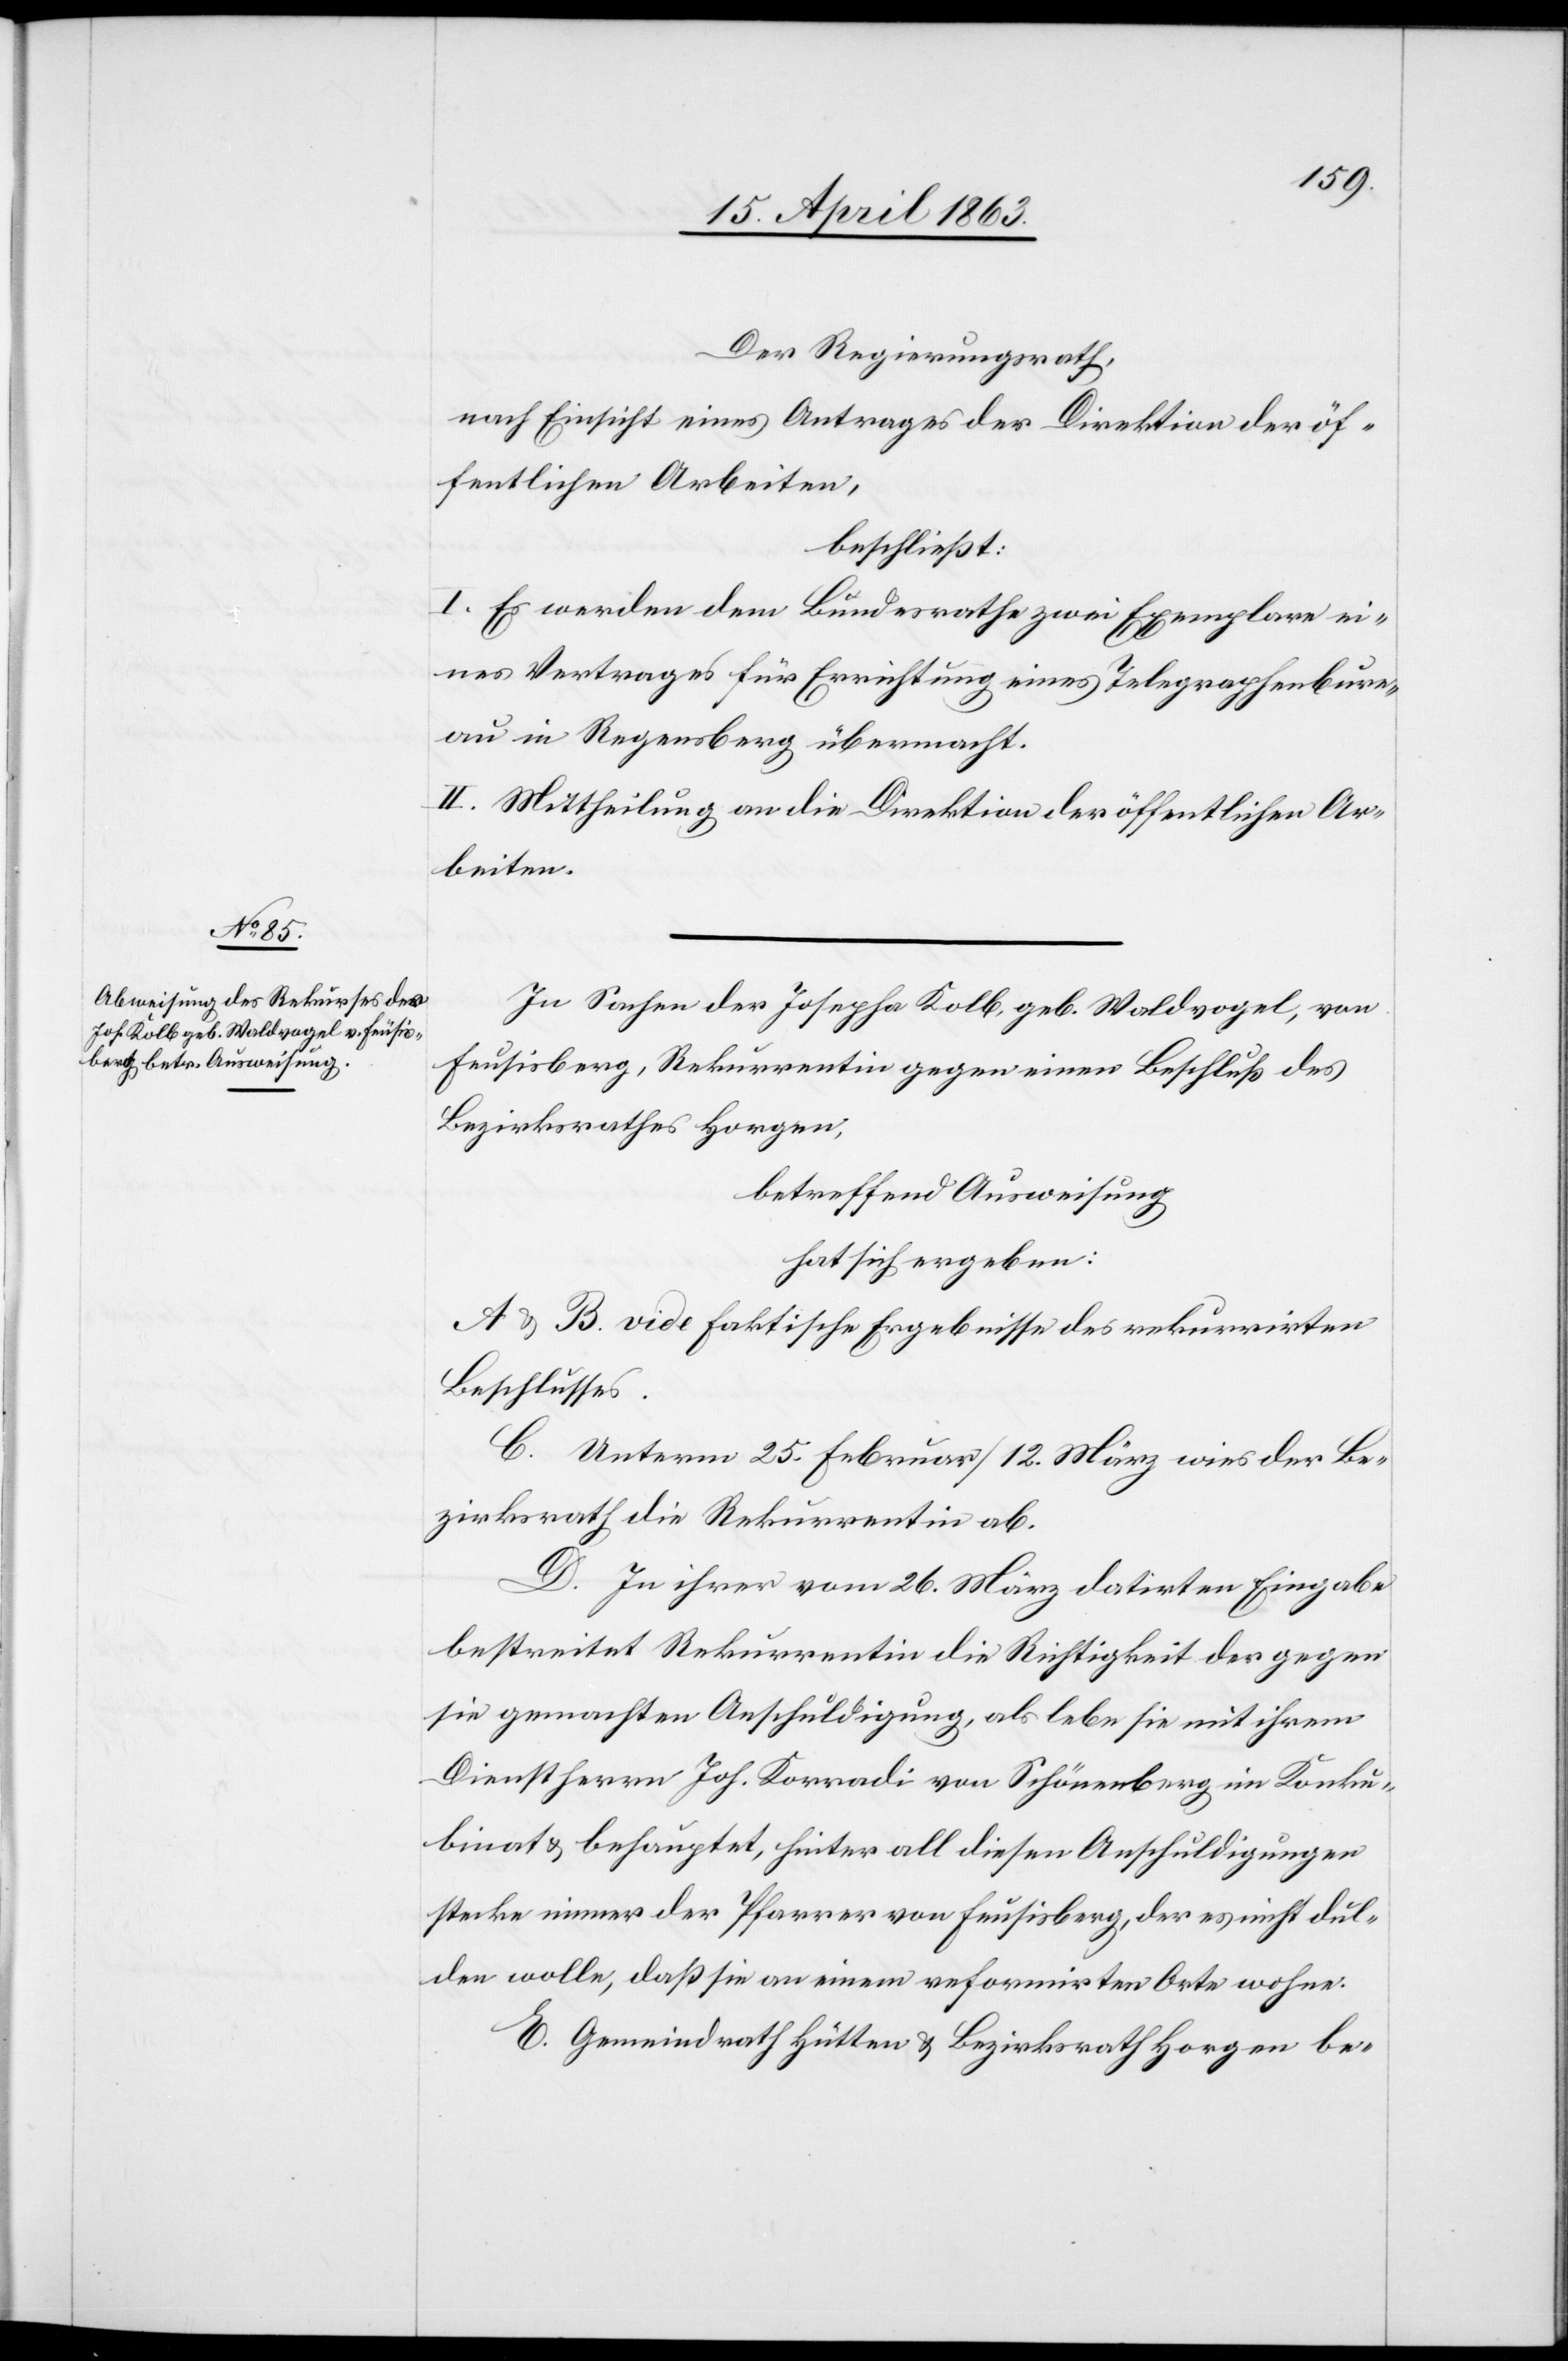
Der Regierungsrath,
nach Einsicht eines Antrages der Direktion der öf¬
fentlichen Arbeiten,
beschließt:
I. Es werden dem Bundesrathe zwei Exemplare ei¬
nes Vertrages für Errichtung eines Telegraphenbure¬
au in Regensberg übermacht.
II. Mittheilung an die Direktion der öffentlichen Ar¬
beiten.
In Sachen der Josepha Kolb, geb. Waldvogel, von
[sic!], Rekurrentin gegen einen Beschluß des
Bezirksrathes Horgen,
betreffend Ausweisung
hat sich ergeben:
A & B. vide Faktische Ergebnisse des rekurrirten
Beschlusses.
C. Unterm 25. Februar/12. März wies der Be¬
zirksrath die Rekurrentin ab.
D. In ihrer vom 26. März datirten Eingabe
bestreite Rekurrentin die Richtigkeit der gegen
sie gemachten Anschuldigung, als lebe sie mit ihrem
Dienstherrn Joh. Korradi von Schönenberg im Konku¬
binat & behauptet, hinter all diesen Anschuldigungen
stecke immer der Pfarrer von Feusisberg, der es nicht dul¬
den wolle, daß sie an einem reformirten Orte wohne.
E. Gemeindrath Hütten & Bezirksrath Horgen be-